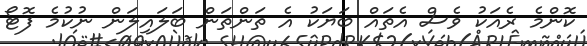
ކޮންމެ ރެއަކު ވެސް އެތައް ބަޔަކު އެ ތަންތަން ބަލައިލަން ނުކުމެ ފޮޓޯ